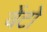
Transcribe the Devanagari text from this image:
वेंटो